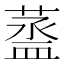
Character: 䕄